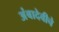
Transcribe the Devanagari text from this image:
अंबादेवीचे